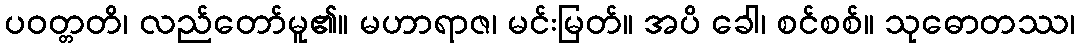
ပဝတ္တတိ၊ လည်တော်မူ၏။ မဟာရာဇ၊ မင်းမြတ်။ အပိ ခေါ၊ စင်စစ်။ သုဓောတဿ၊